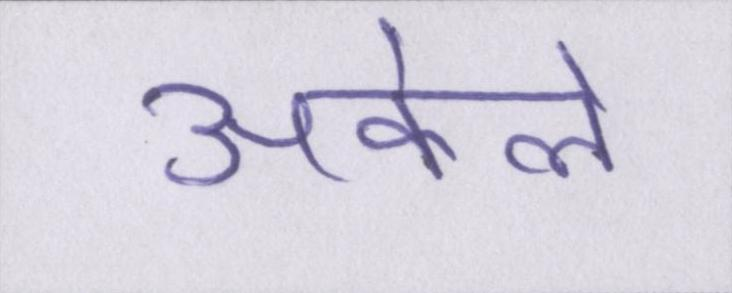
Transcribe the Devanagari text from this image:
अकेले